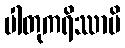
ပါတုကရိဿာမိ